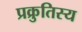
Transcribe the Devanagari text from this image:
प्रक्रुतिस्य